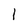
Character: 1